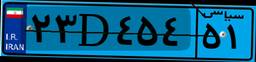
۲۳D۴۵۴۵۱